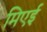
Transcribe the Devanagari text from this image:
मिएई